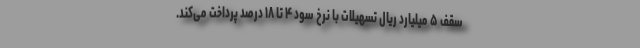
سقف ۵ میلیارد ریال تسهیلات با نرخ سود ۴ تا ۱۸ درصد پرداخت می‌کند.